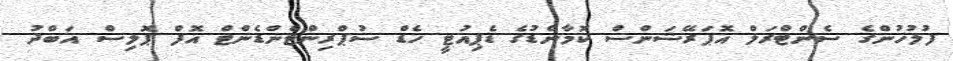
ފުލުހުންގެ ސެންޓްރަލް އޮޕަރޭޝަންސް ކޮމާންޑުގެ ޑެޕިއުޓީ ހެޑް ސުޕްރިންޓެންޑެންޓް އޮފް ޕޮލިސް އަބްދު